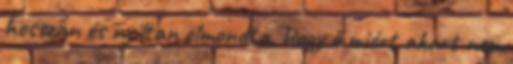
hosszan és nyíltan elmondta, hogy ő miért akart nem